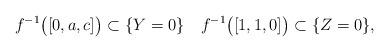
LaTeX: \begin{align*} f^{-1}\bigl([0,a,c]\bigr) \subset \{Y=0\} \quad f^{-1}\bigl([1,1,0]\bigr) \subset \{Z=0\},\end{align*}